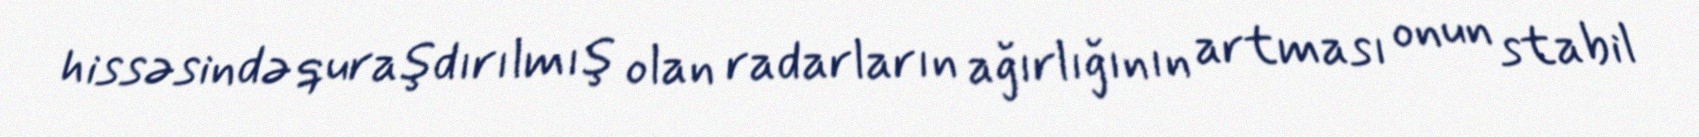
hissəsində quraşdırılmış olan radarların ağırlığının artması onun stabil